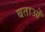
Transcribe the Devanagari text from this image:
बताओं